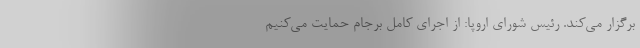
برگزار می‌کند. رئیس شورای اروپا: از اجرای کامل برجام حمایت می‌کنیم